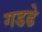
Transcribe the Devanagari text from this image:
गडढे